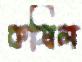
কষিল